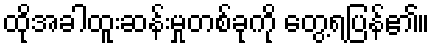
ထိုအခါထူးဆန်းမှုတစ်ခုကို တွေ့ရပြန်၏။